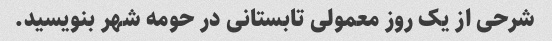
شرحی از یک روز معمولی تابستانی در حومه شهر بنویسید.